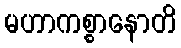
မဟာကစ္စာနောတိ